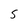
Character: S